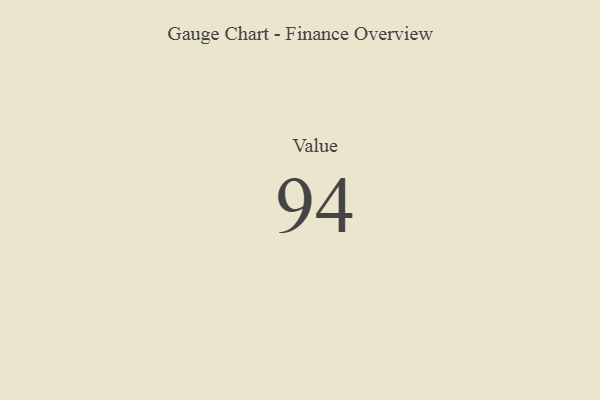
{"axis": {"x": "Metric", "y": "Value"}, "legend": [""], "data": [{"x": "Value", "y": 94, "type": ""}]}